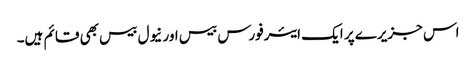
اس جزیرے پر ایک ایئرفورس بیس اور نیول بیس بھی قائم ہیں۔